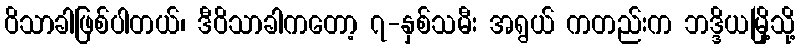
ဝိသာခါဖြစ်ပါတယ်၊ ဒီဝိသာခါကတော့ ၇-နှစ်သမီး အရွယ် ကတည်းက ဘဒ္ဒိယမြို့သို့